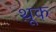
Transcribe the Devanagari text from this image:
थ़ूक